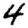
Digit: 4